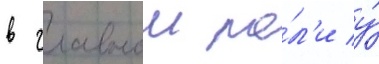
в главнои ро́л'и у́